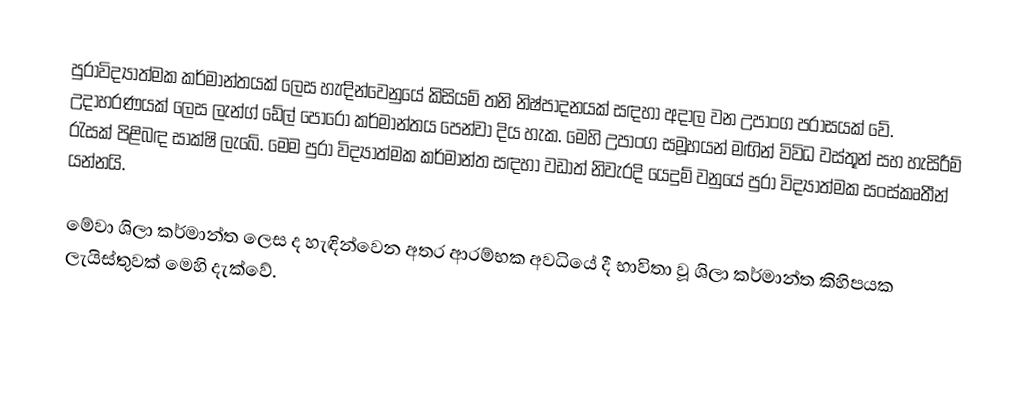
පුරාවිද්‍යාත්මක කර්මාන්තයක් ලෙස හැඳින්වෙනුයේ කිසියම් තනි නිෂ්පාදනයක් සඳහා අදාල වන උපාංග පරාසයක් වේ. උදාහරණයක් ලෙස ලැ‍න්ග් ඩේල් පොරෝ කර්මාන්තය පෙන්වා දිය හැක. මෙහි උපාංග සමූහයන් මඟින් විවිධ වස්තූන් සහ හැසිරීම් රැසක් පිළිබඳ සාක්ෂි ලැබේ. මෙම පුරා විද්‍යාත්මක කර්මාන්ත සඳහා වඩාත් නිවැරදි යෙදුම් වනුයේ පුරා විද්‍යාත්මක සංස්කෘතීන් යන්නයි.

මේවා ශිලා කර්මාන්ත ලෙස ද හැඳින්වෙන අතර ආරම්භක අවධියේ දී භාවිතා වූ ශිලා කර්මාන්ත කිහිපයක ලැයිස්තුවක් මෙහි දැක්වේ.